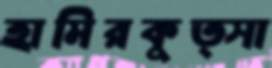
হামিরকুত্সা